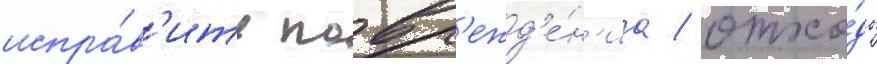
испра́в'ить повр'ежд'е́н'иа / отхо́ды